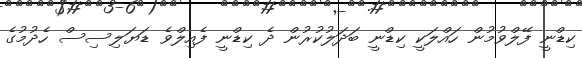
ކިޑްނީ ފޭލްވުމުން ހައްލަކީ ކިޑްނީ ބަދަލުކުރުން ދެ ކިޑްނީ ފެއިލްވެ ޑަޔަލިސިސް ހެދުމުގެ